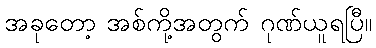
အခုတော့ အစ်ကို့အတွက် ဂုဏ်ယူရပြီ။